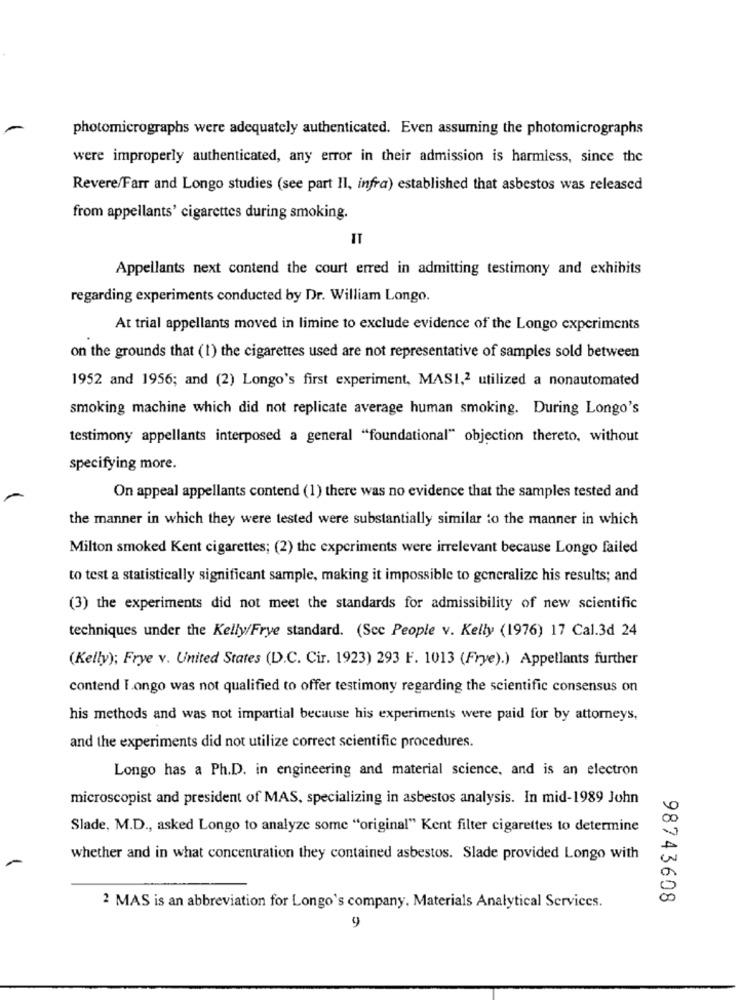
photomicrographs were adequately authenticated. Even assuming the photomicrographs
were improperly authenticated, any error in their admission is harmless, since the
Revere/Farr and Longo studies (see part II, infra) established that asbestos was released
from appellants' cigarettes during smoking.
IT
Appellants next contend the court erred in admitting testimony and exhibits
regarding experiments conducted by Dr. William Longo.
At trial appellants moved in limine to exclude evidence of the Longo experiments
on the grounds that (1) the cigarettes used are not representative of samples sold between
1952 and 1956; and (2) Longo's first experiment, MASI,2 utilized a nonautomated
smoking machine which did not replicate average human smoking. During Longo's
testimony appellants interposed a general "foundational" objection thereto, without
specifying more.
On appeal appellants contend (1) there was no evidence that the samples tested and
the manner in which they were tested were substantially similar to the manner in which
Milton smoked Kent cigarettes; (2) the experiments were irrelevant because Longo failed
to test a statistically significant sample, making it impossible to generalize his results; and
(3) the experiments did not meet the standards for admissibility of new scientific
techniques under the Kelly/Frye standard. (Scc People v. Kelly (1976) 17 Cal.3d 24
(Kelly); Frye v. United States (D.C. Cir. 1923) 293 F. 1013 (Frye).) Appellants further
contend Iongo was not qualified to offer testimony regarding the scientific consensus on
his methods and was not impartial because his experiments were paid for by attorneys,
and the experiments did not utilize correct scientific procedures.
Longo has a Ph.D. in engineering and material science, and is an electron
microscopist and president of MAS, specializing in asbestos analysis. In mid-1989 John
Slade, M.D ., asked Longo to analyze some "original" Kent filter cigarettes to determine
whether and in what concentration they contained asbestos. Slade provided Longo with
98743608
2 MAS is an abbreviation for Longo's company. Materials Analytical Services.